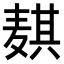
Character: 𬹊